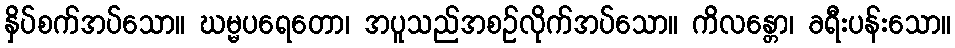
နှိပ်စက်အပ်သော။ ဃမ္မပရေတော၊ အပူသည်အစဉ်လိုက်အပ်သော။ ကိလန္တော၊ ခရီးပန်းသော။